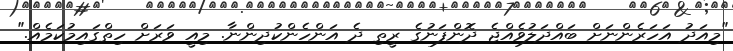
"މިއަދު އަހަރެންނަށް ބައްދަލުވެއްޖެ ދޮންފަނުގެ ރީތި ދެ އަންހެންކުދިންނާ. މިއީ ވަރަށް ހިތްގައިމުކަމެއް."